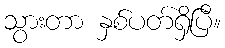
သွားတာ နှစ်ပတ်ရှိပြီ။